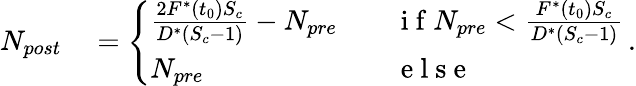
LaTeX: \begin{array}{rl}{N_{post}}&{{}=\left\{ \begin{array}{ll}{\frac{2F^{*}(t_{0})S_{c}}{D^{*}(S_{c}-1)}-N_{pre}\quad}&{\mathrm{~i~f~}N_{pre}<\frac{F^{*}(t_{0})S_{c}}{D^{*}(S_{c}-1)}}\\ {N_{pre}}&{\mathrm{~e~l~s~e~}}\end{array}\right.\, .}\end{array}